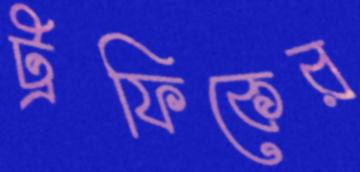
ট্রফিকের